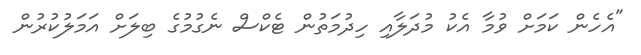
"އެހެން ކަމަށް ވުމާ އެކު މުދަލާއި ހިދުމަތުން ޓެކްސް ނެގުމުގެ ބިލަށް އަމަލުކުރުން